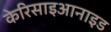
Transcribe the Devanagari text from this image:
केरिसाइआनाइड